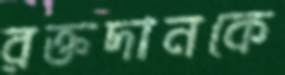
রক্তদানকে